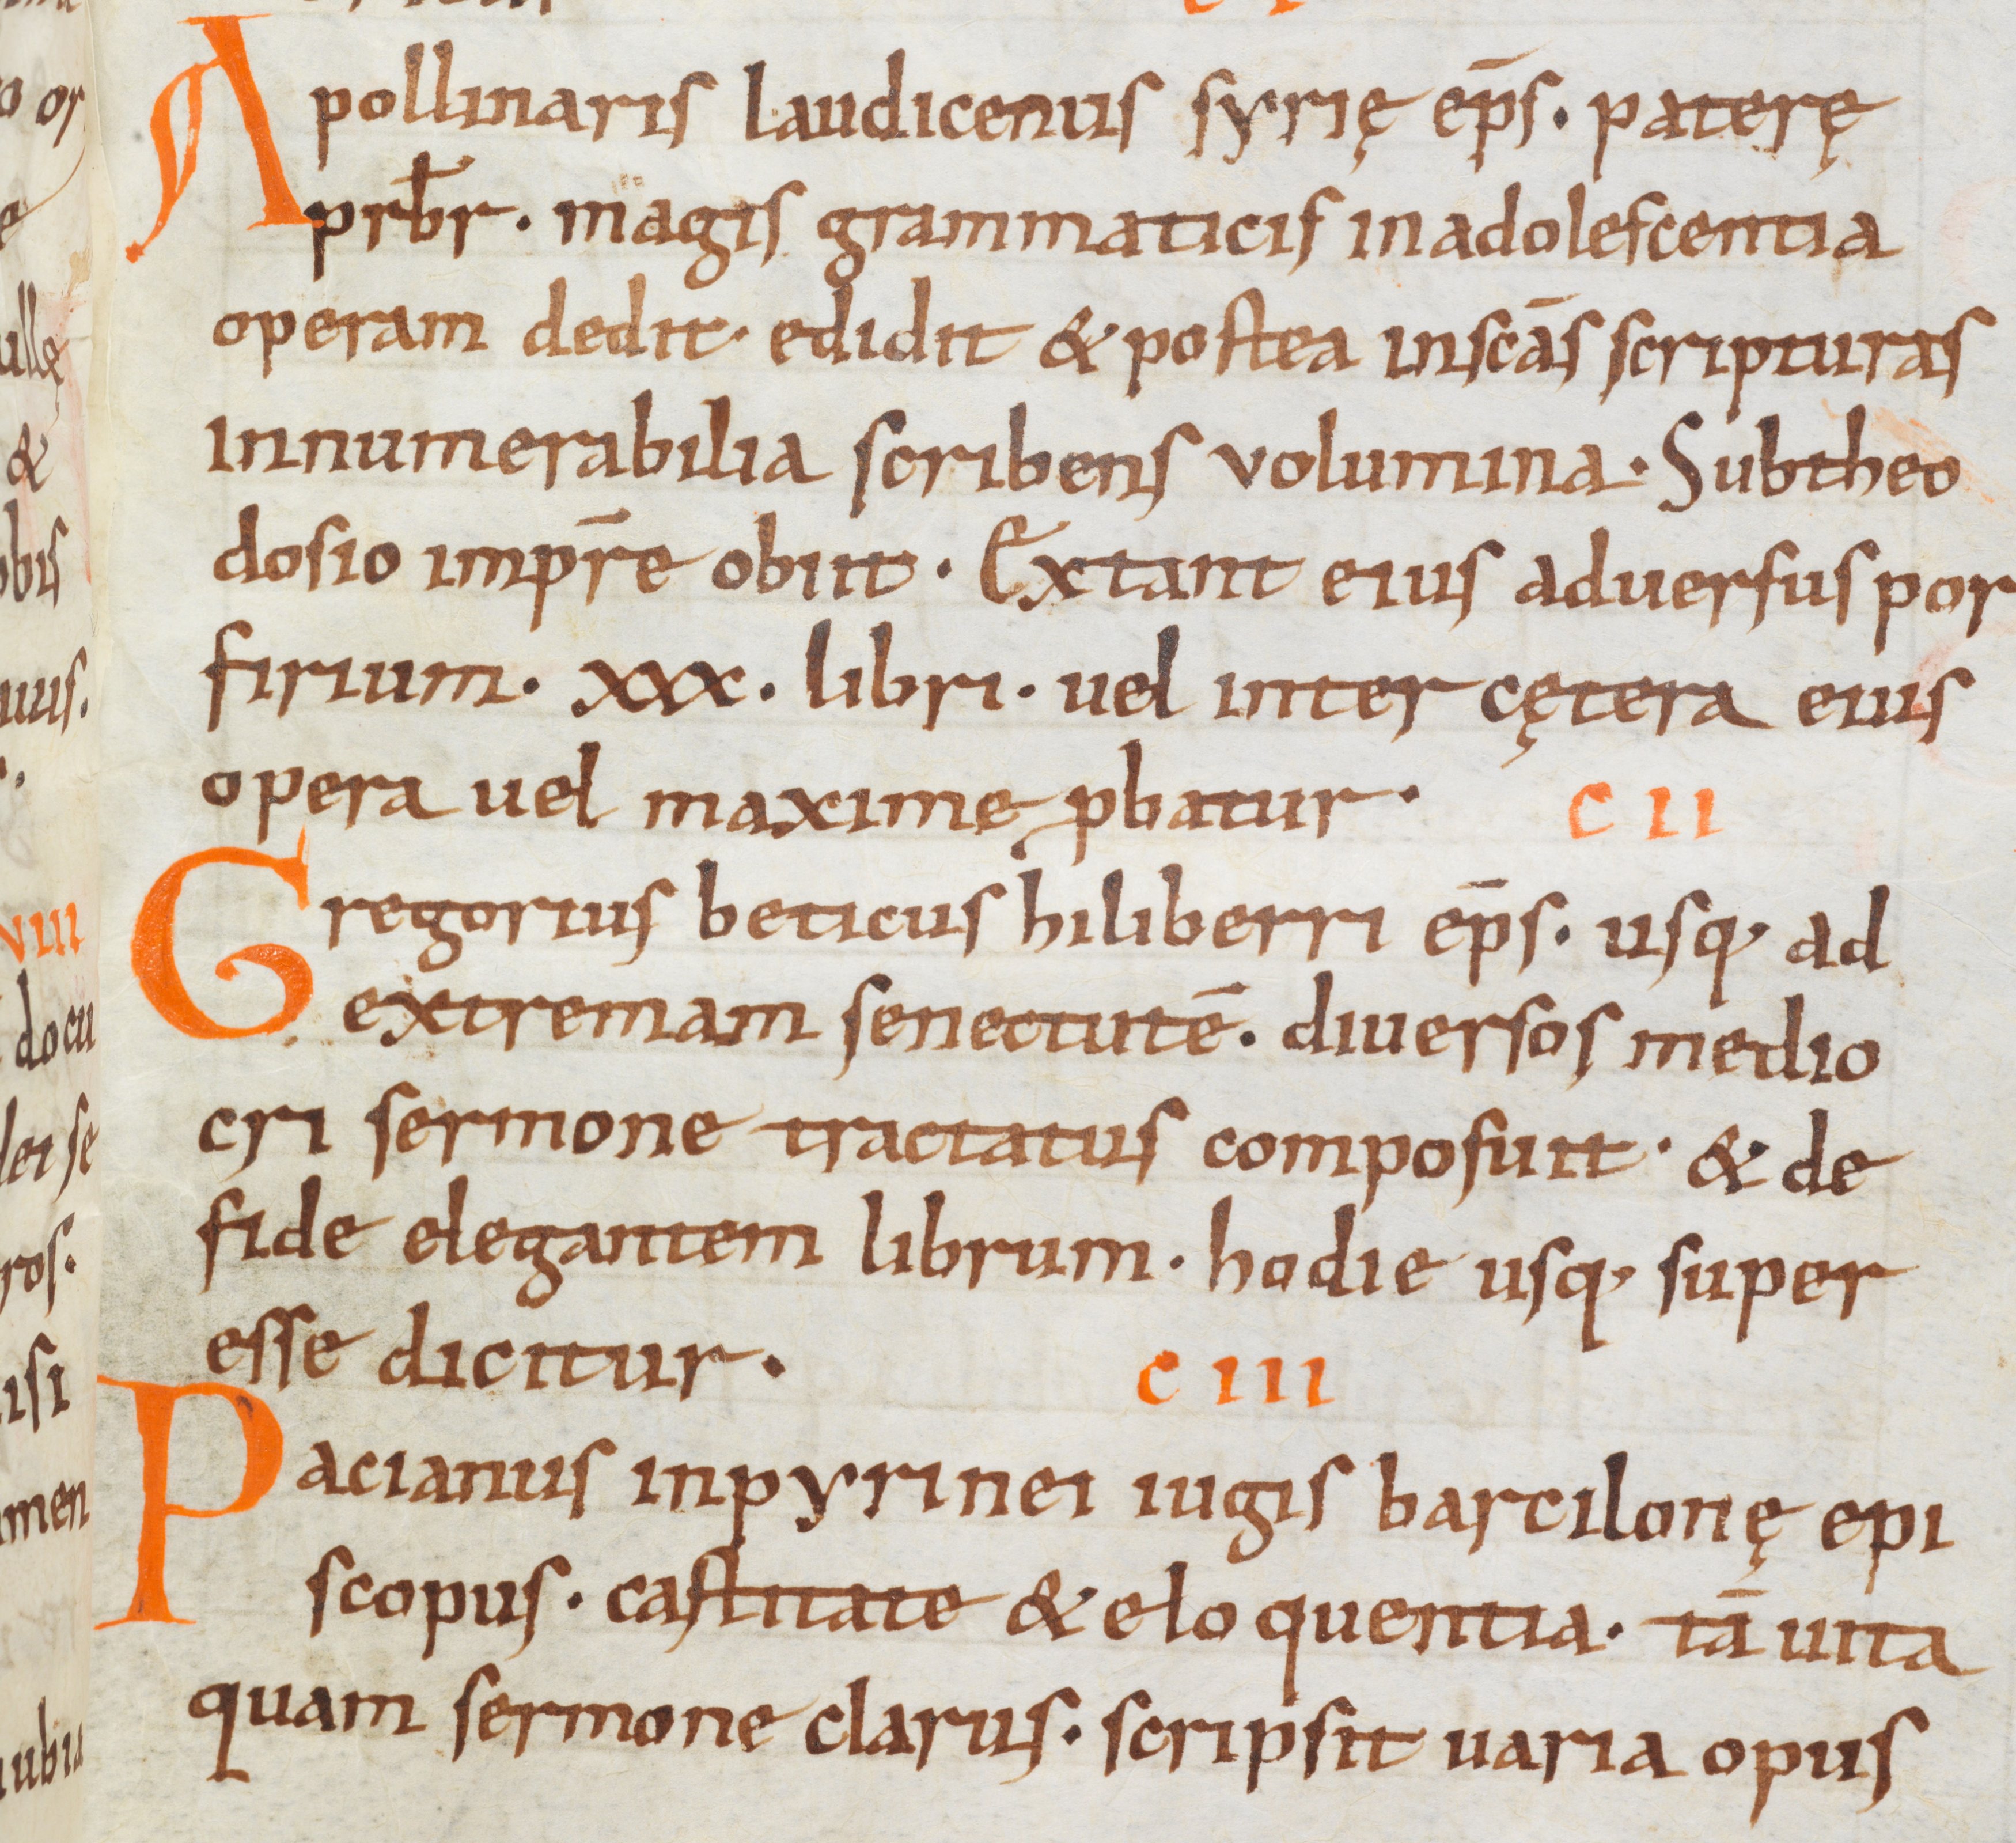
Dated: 900–1099